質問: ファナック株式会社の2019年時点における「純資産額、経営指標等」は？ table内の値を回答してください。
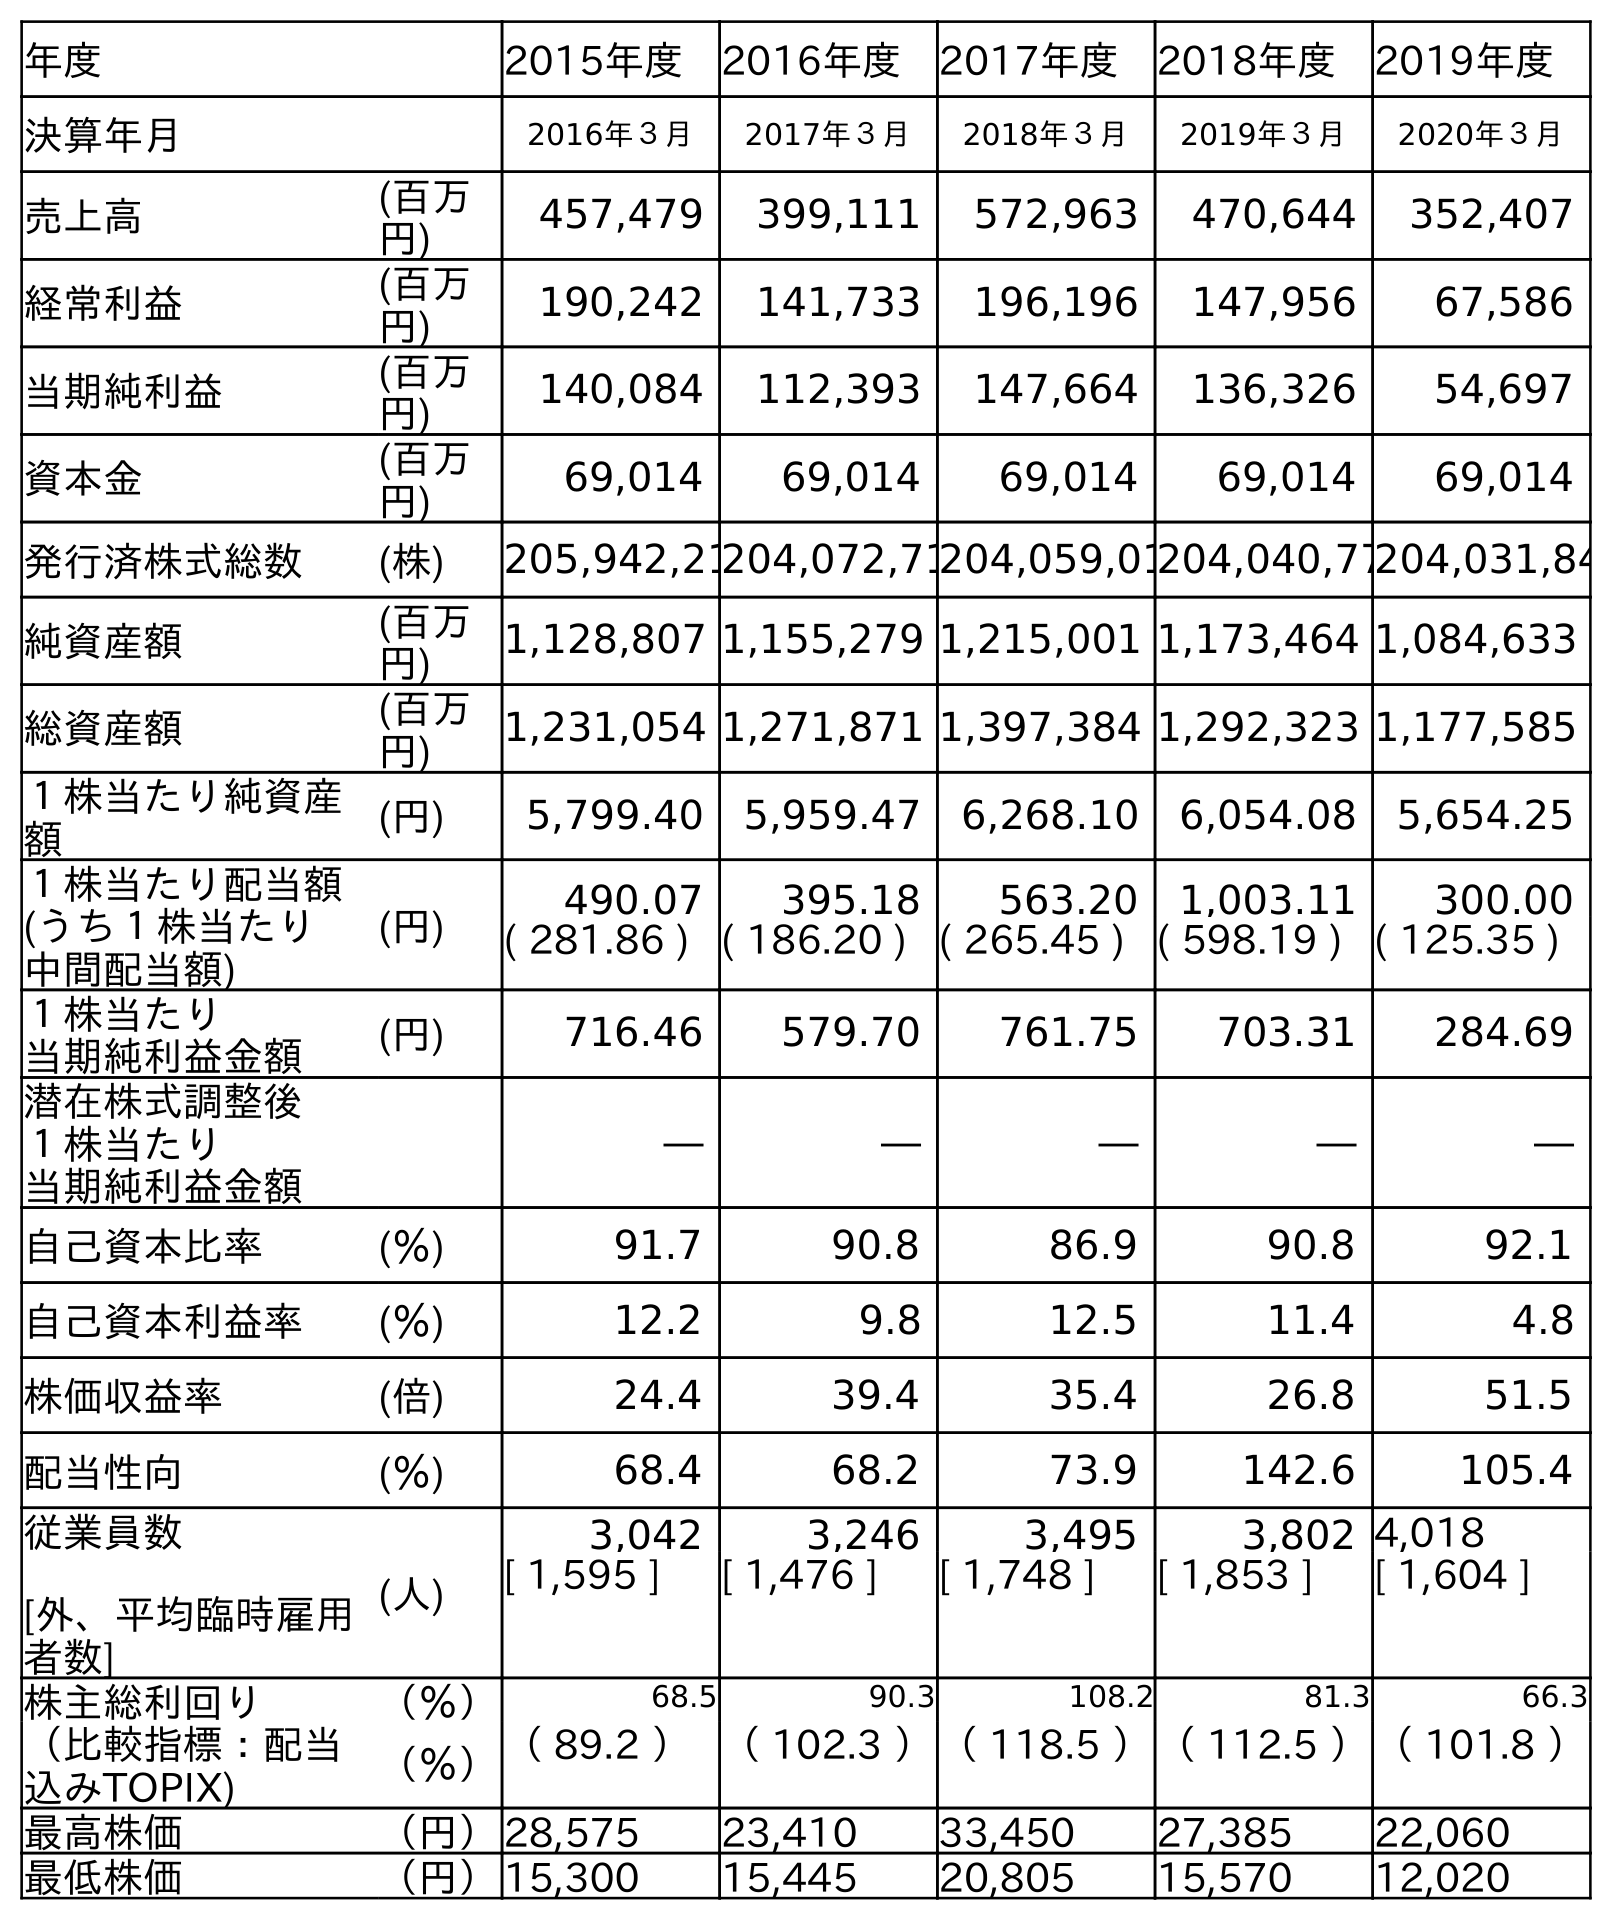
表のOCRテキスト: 年度 2015年度 2016年度 2017年度 2018年度 2019年度 決算年月 2016年３月 2017年３月 2018年３月 2019年３月 2020年３月 売上高 (百万 円) 457,479 399,111 572,963 470,644 352,407 経常利益 (百万 円) 190,242 141,733 196,196 147,956 67,586 当期純利益 (百万 円) 140,084 112,393 147,664 136,326 54,697 資本金 (百万 円) 69,014 69,014 69,014 69,014 69,014 発行済株式総数 (株) 205,942,21204,072,71204,059,01204,040,77204,031,84 純資産額 (百万 円) 1,128,807 1,155,279 1,215,001 1,173,464 1,084,633 総資産額 (百万 円) 1,231,054 1,271,871 1,397,384 1,292,323 1,177,585 １株当たり純資産 額 (円) 5,799.40 5,959.47 6,268.10 6,054.08 5,654.25 １株当たり配当額 (うち１株当たり 中間配当額) (円) 490.07 395.18 563.20 1,003.11 300.00 ( 281.86 ) ( 186.20 ) ( 265.45 ) ( 598.19 ) ( 125.35 ) １株当たり 当期純利益金額 (円) 716.46 579.70 761.75 703.31 284.69 潜在株式調整後 １株当たり 当期純利益金額 ― ― ― ― ― 自己資本比率 (％) 91.7 90.8 86.9 90.8 92.1 自己資本利益率 (％) 12.2 9.8 12.5 11.4 4.8 株価収益率 (倍) 24.4 39.4 35.4 26.8 51.5 配当性向 (％) 68.4 68.2 73.9 142.6 105.4 従業員数 [外、平均臨時雇用 者数] (人) 3,042 3,246 3,495 3,802 4,018 [ 1,595 ] [ 1,476 ] [ 1,748 ] [ 1,853 ] [ 1,604 ] 株主総利回り （％） 68.5 90.3 108.2 81.3 66.3 （比較指標：配当 込みTOPIX) （％）（ 89.2 ）（ 102.3 ）（ 118.5 ）（ 112.5 ）（ 101.8 ） 最高株価 （円）28,575 23,410 33,450 27,385 22,060 最低株価 （円）15,300 15,445 20,805 15,570 12,020
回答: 1,173,464